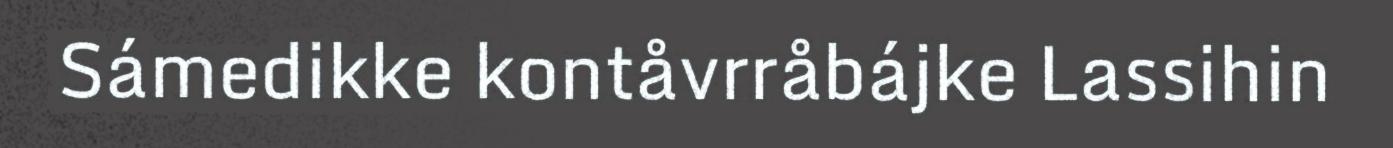
Sámedikke kontåvrråbájke Lassihin